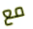
مع